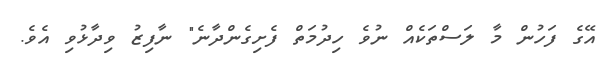
އޭގެ ފަހުން މާ ލަސްތަކެއް ނުވެ ހިދުމަތް ފެށިގެންދާނެ" ނާފިޒު ވިދާޅުވި އެވެ.